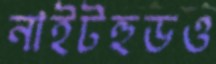
নাইটহুডও